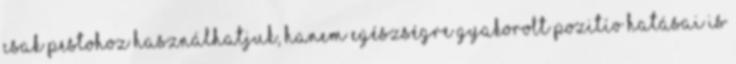
csak pestohoz használhatjuk, hanem egészségre gyakorolt pozitív hatásai is